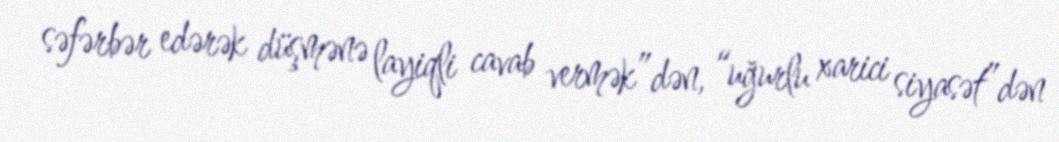
səfərbər edərək düşmənə layiqli cavab vermək”dən, “uğurlu xarici siyasət”dən